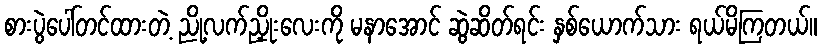
စားပွဲပေါ်တင်ထားတဲ့ ညို့လက်ညှိုးလေးကို မနာအောင် ဆွဲဆိတ်ရင်း နှစ်ယောက်သား ရယ်မိကြတယ်။